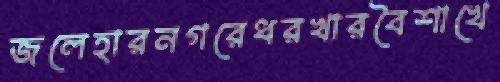
জলেহারনগরেধরখারবৈশাখে